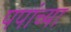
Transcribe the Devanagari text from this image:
पपांच्या